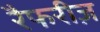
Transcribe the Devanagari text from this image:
रैफरीज़